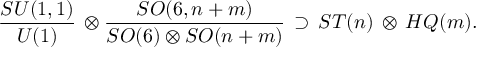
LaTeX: { \frac { S U ( 1 , 1 ) } { U ( 1 ) } } \, \otimes { \frac { S O ( 6 , n + m ) } { S O ( 6 ) \otimes S O ( n + m ) } } \, \supset \, S T ( n ) \, \otimes \, H Q ( m ) .